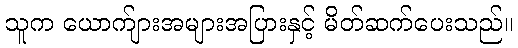
သူက ယောက်ျားအများအပြားနှင့် မိတ်ဆက်ပေးသည်။